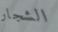
الشجار